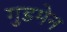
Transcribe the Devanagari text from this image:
गुडमेन